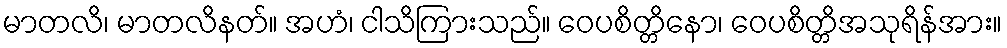
မာတလိ၊ မာတလိနတ်။ အဟံ၊ ငါသိကြားသည်။ ဝေပစိတ္တိနော၊ ဝေပစိတ္တိအသုရိန်အား။